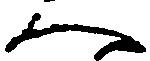
へ